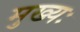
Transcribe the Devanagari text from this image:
मुख्यः